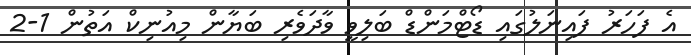
އެ ފަހަރު ފައިނަލުގައި ޑޯޓްމަންޑް ބަލިވީ ވާދަވެރި ބަޔާން މިއުނިކް އަތުން 1-2